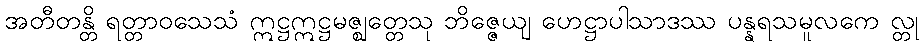
အတီတန္တိ ရတ္တာဝသေသံ ဣဋ္ဌဣဋ္ဌမဇ္ဈတ္တေသု ဘိဇ္ဇေယျ ဟေဋ္ဌာပါသာဒဿ ပန္နရသမူလကေ လ္တု